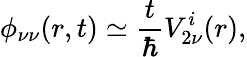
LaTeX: \phi_{\nu\nu}(r,t)\simeq\frac{t}{\hbar}V_{2\nu}^{i}(r),